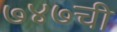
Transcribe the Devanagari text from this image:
७४७ची